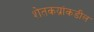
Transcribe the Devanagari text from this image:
शेतकय्रांकडील